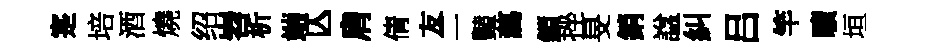
寔培酒燒绍岧析端亾肩倩友二豔藹鎖挫旻銷諡糾吕竿曠垣